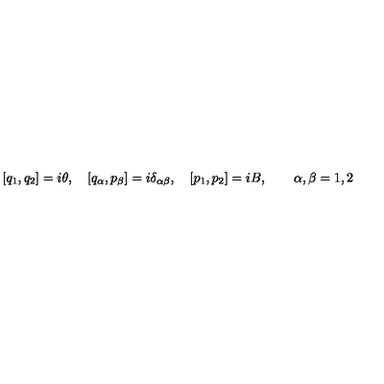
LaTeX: [ q _ { 1 } , q _ { 2 } ] = i \theta , \quad [ { q } _ { \alpha } , { p } _ { \beta } ] = i \delta _ { \alpha \beta } , \quad [ p _ { 1 } , p _ { 2 } ] = i B , \quad \quad \alpha , \beta = 1 , 2